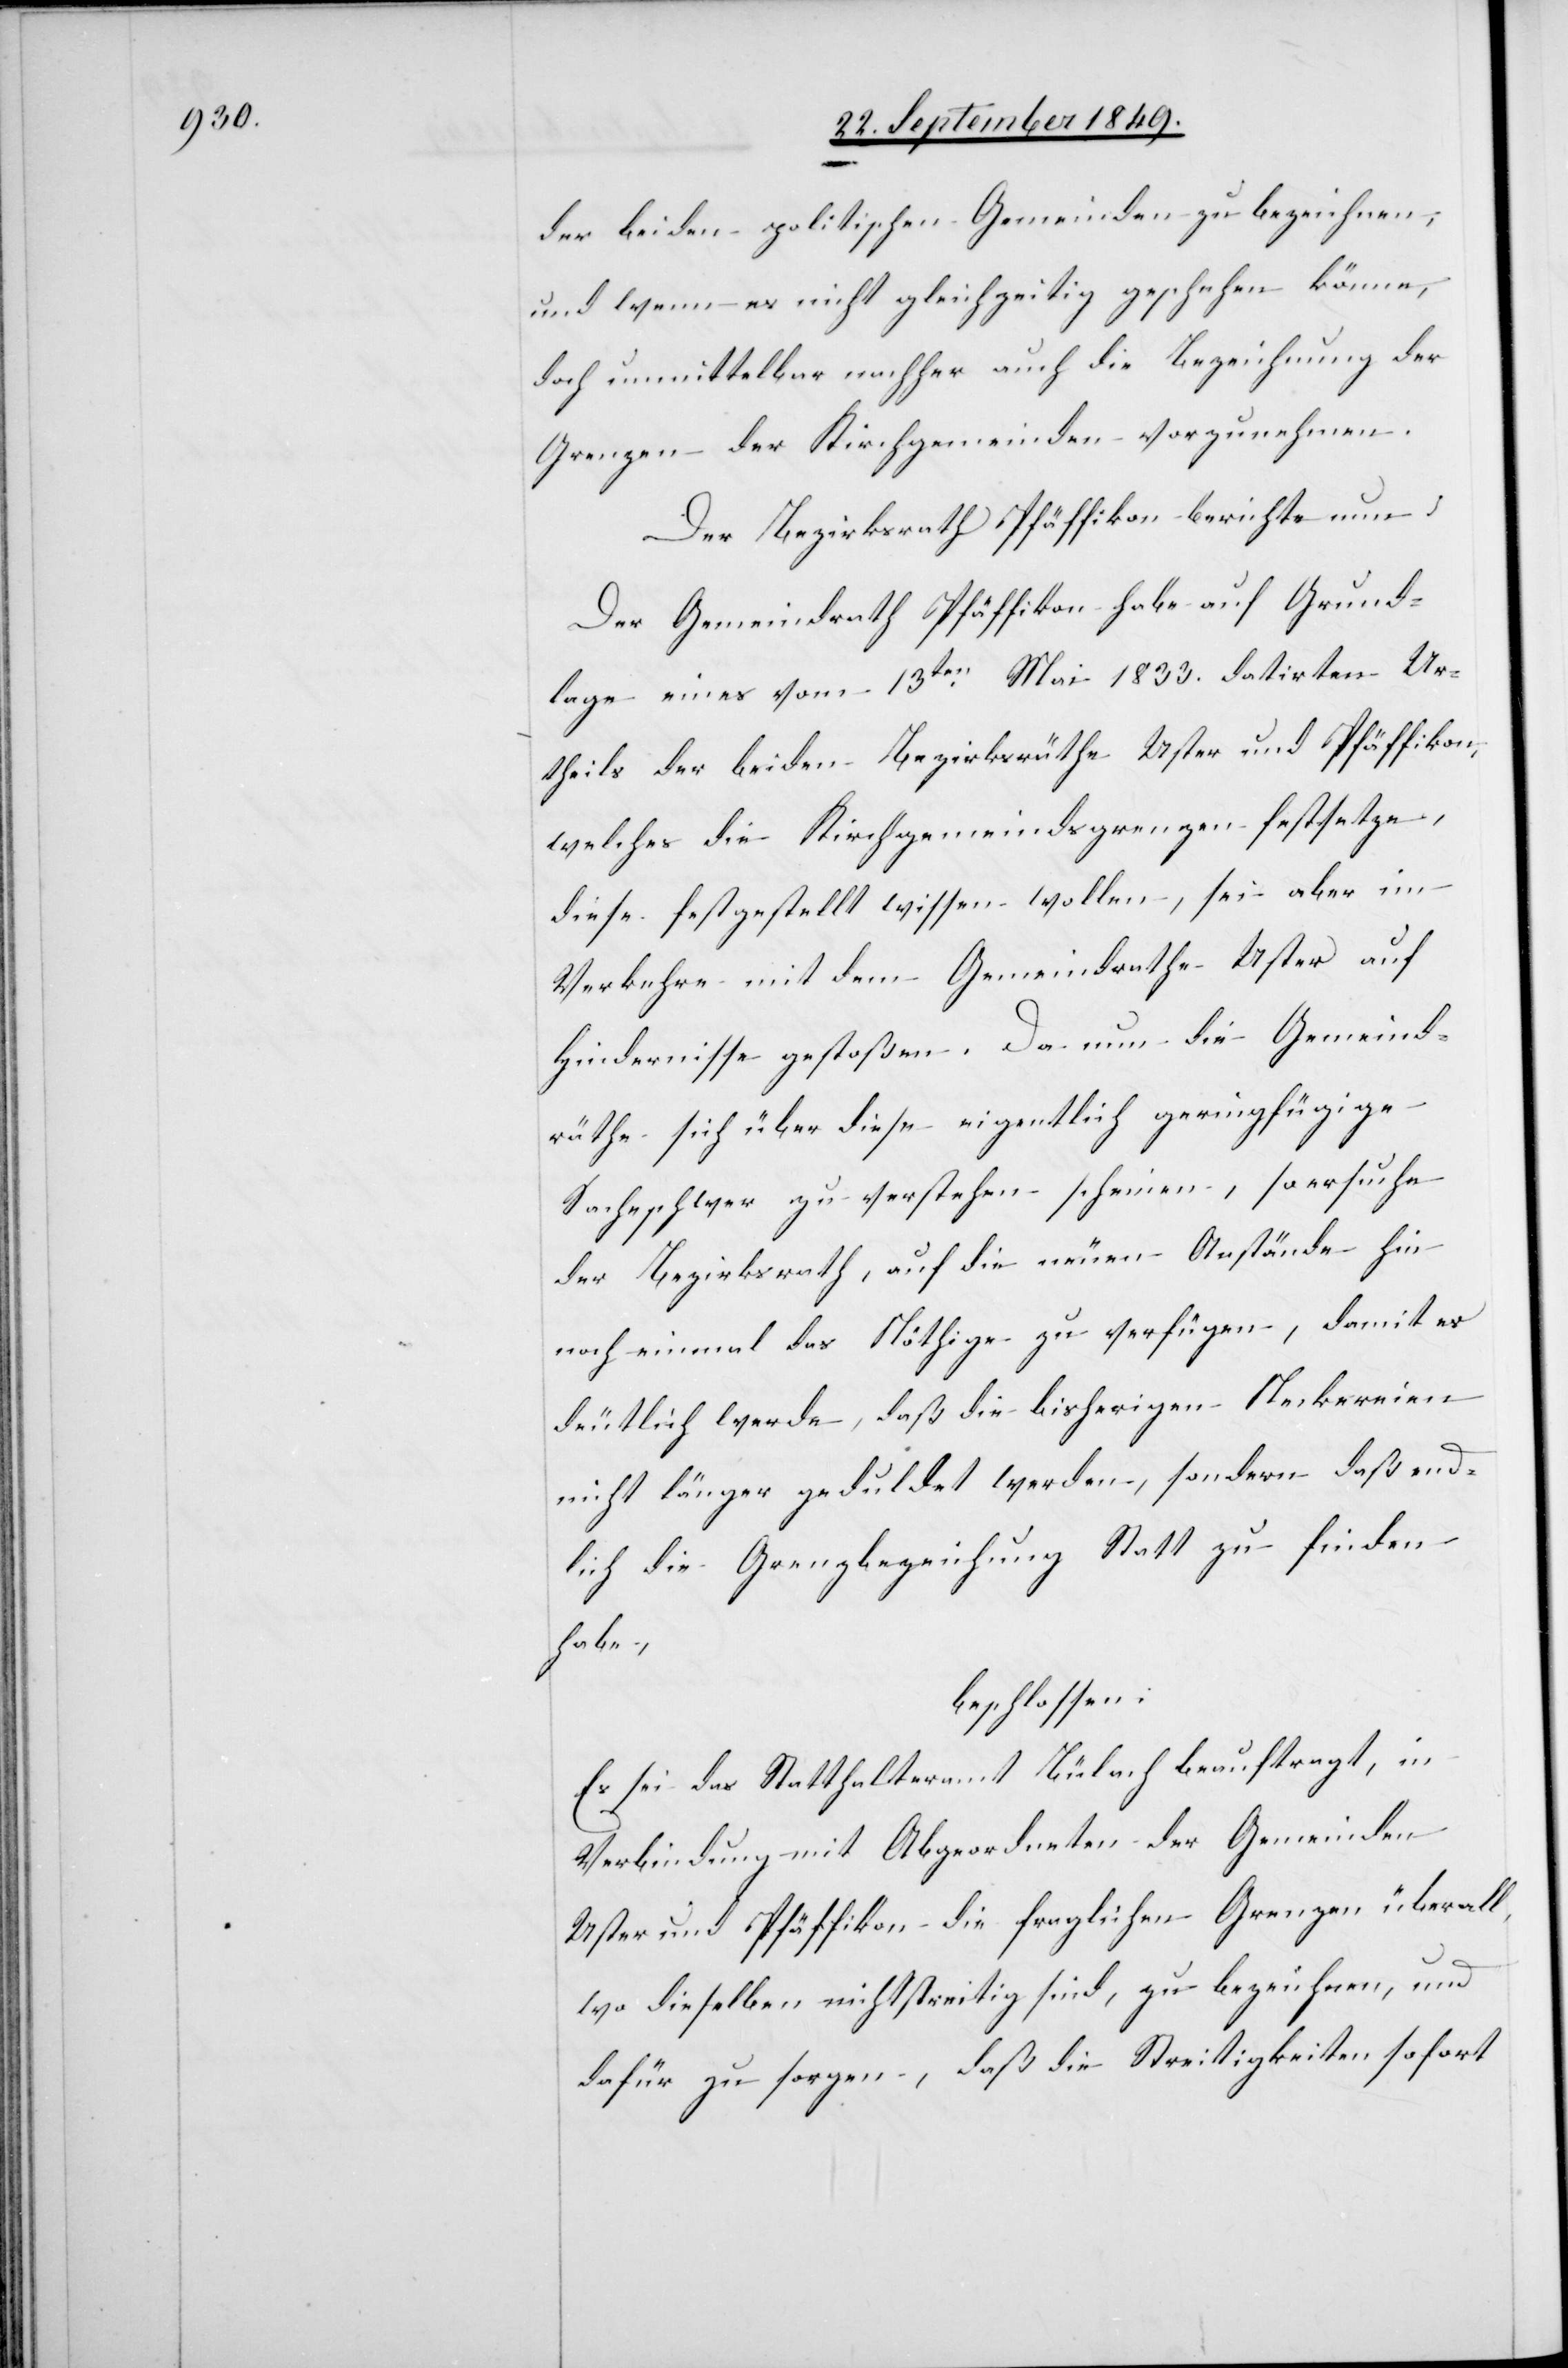
der beiden politischen Gemeinden zu bezeichnen,
und wenn es nicht gleichzeitig geschehen könne,
doch unmittelbar nachher auch die Bezeichnung der
Grenzen der Kirchgemeinden vorzunehmen.
Der Bezirksrath Pfäffikon berichte nun:
Der Gemeindrath Pfäffikon habe auf Grund¬
lage eines vom 13ten Mai 1833. datirten Ur¬
theils der beiden Bezirksräthe Uster und Pfäffikon,
welches die Kirchgemeindsgrenzen festsetze,
diese festgestellt wissen wollen, sei aber im
Verkehre mit dem Gemeindrathe Uster auf
Hindernisse gestoßen. Da nun die Gemeind¬
räthe sich über diese eigentlich geringfügige
Sache schwer zu verstehen scheinen, so ersuche
der Bezirksrath, auf die neuen Anstände hin
noch einmal das Nöthige zu verfügen, damit es
deutlich werde, daß die bisherigen Neckereien
nicht länger geduldet werden, sondern daß end¬
lich die Grenzbezeichnung Statt zu finden
habe,
beschlossen:
Es sei das Statthalteramt Bülach beauftragt, in
Verbindung mit Abgeordneten der Gemeinden
Uster und Pfäffikon die fraglichen Grenzen überall,
wo dieselben nicht streitig sind, zu bezeichnen, und
dafür zu sorgen, daß die Streitigkeiten sofort